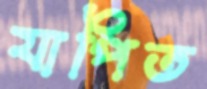
যাপিত